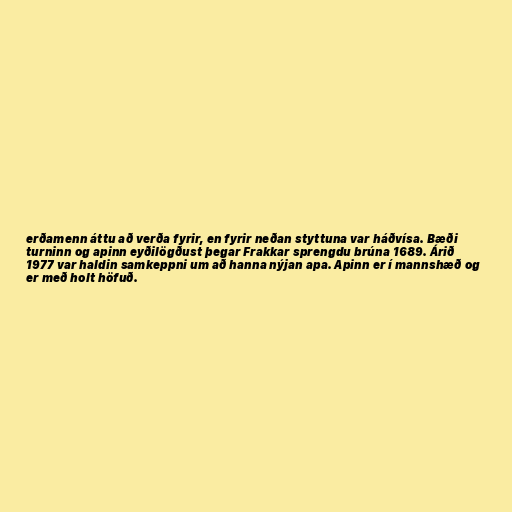
erðamenn áttu að verða fyrir, en fyrir neðan styttuna var háðvísa. Bæði
turninn og apinn eyðilögðust þegar Frakkar sprengdu brúna 1689. Árið
1977 var haldin samkeppni um að hanna nýjan apa. Apinn er í mannshæð og
er með holt höfuð.